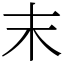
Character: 末